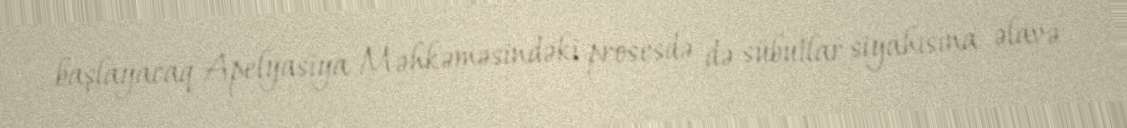
başlayacaq Apelyasiya Məhkəməsindəki prosesdə də sübutlar siyahısına əlavə